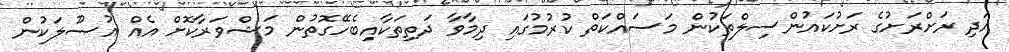
އަދި ރަށްރަށުގެ ރަށުކައުންސިލްތަކުން މަސައްކަތް ކުރުމުގައި ދިމާވާ ދަތިތަކާއިބެހޭގޮތުން މަޝްވަރާކޮށް އެއް އުޞޫލަކުން